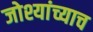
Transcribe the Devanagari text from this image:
जोश्यांच्याच